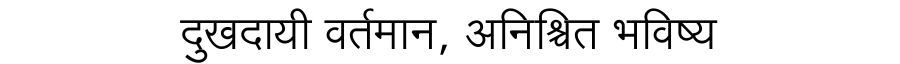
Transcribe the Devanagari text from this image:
दुखदायी वर्तमान, अनिश्चित भविष्य